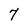
Character: 7